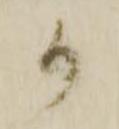
か